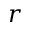
r